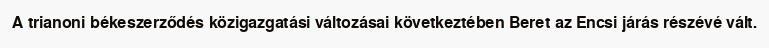
A trianoni békeszerződés közigazgatási változásai következtében Beret az Encsi járás részévé vált.